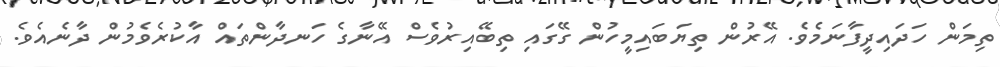
ތިމަން ހަދައިދީފާނަމެވެ. އޭރުން ތިޔަބައިމީހުން ގޭގައި ތިބޭއިރުވެސް އޭނާގެ ހަނދާންތައް އާކުރެވެމުން ދާނެއެވެ.